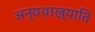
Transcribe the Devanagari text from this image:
अन्यथाख्याति